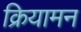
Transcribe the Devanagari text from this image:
क्रियामन